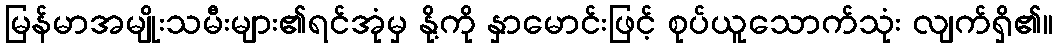
မြန်မာအမျိုးသမီးများ၏ရင်အုံမှ နို့ကို နှာမောင်းဖြင့် စုပ်ယူသောက်သုံး လျက်ရှိ၏။